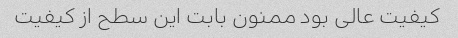
کیفیت عالی بود ممنون بابت این سطح از کیفیت